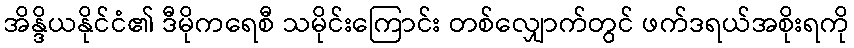
အိန္ဒိယနိုင်ငံ၏ ဒီမိုကရေစီ သမိုင်းကြောင်း တစ်လျှောက်တွင် ဖက်ဒရယ်အစိုးရကို